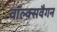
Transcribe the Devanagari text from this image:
वॉल्क्सवैगन